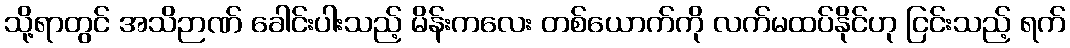
သို့ရာတွင် အသိဉာဏ် ခေါင်းပါးသည့် မိန်းကလေး တစ်ယောက်ကို လက်မထပ်နိုင်ဟု ငြင်းသည့် ရက်